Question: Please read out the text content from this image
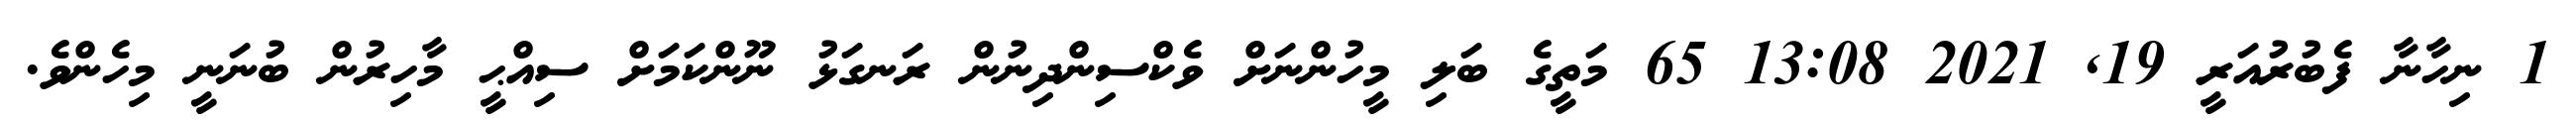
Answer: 1 ނިހާނާ ފެބުރުއަރީ 19, 2021 13:08 65 މަތީގެ ބަލި މީހުންނަށް ވެކްސިންދިނުން ރަނގަޅު ނޫންކަމަށް ސިއްޙީ މާހިރުން ބުނަނީ މިހެންވެ.